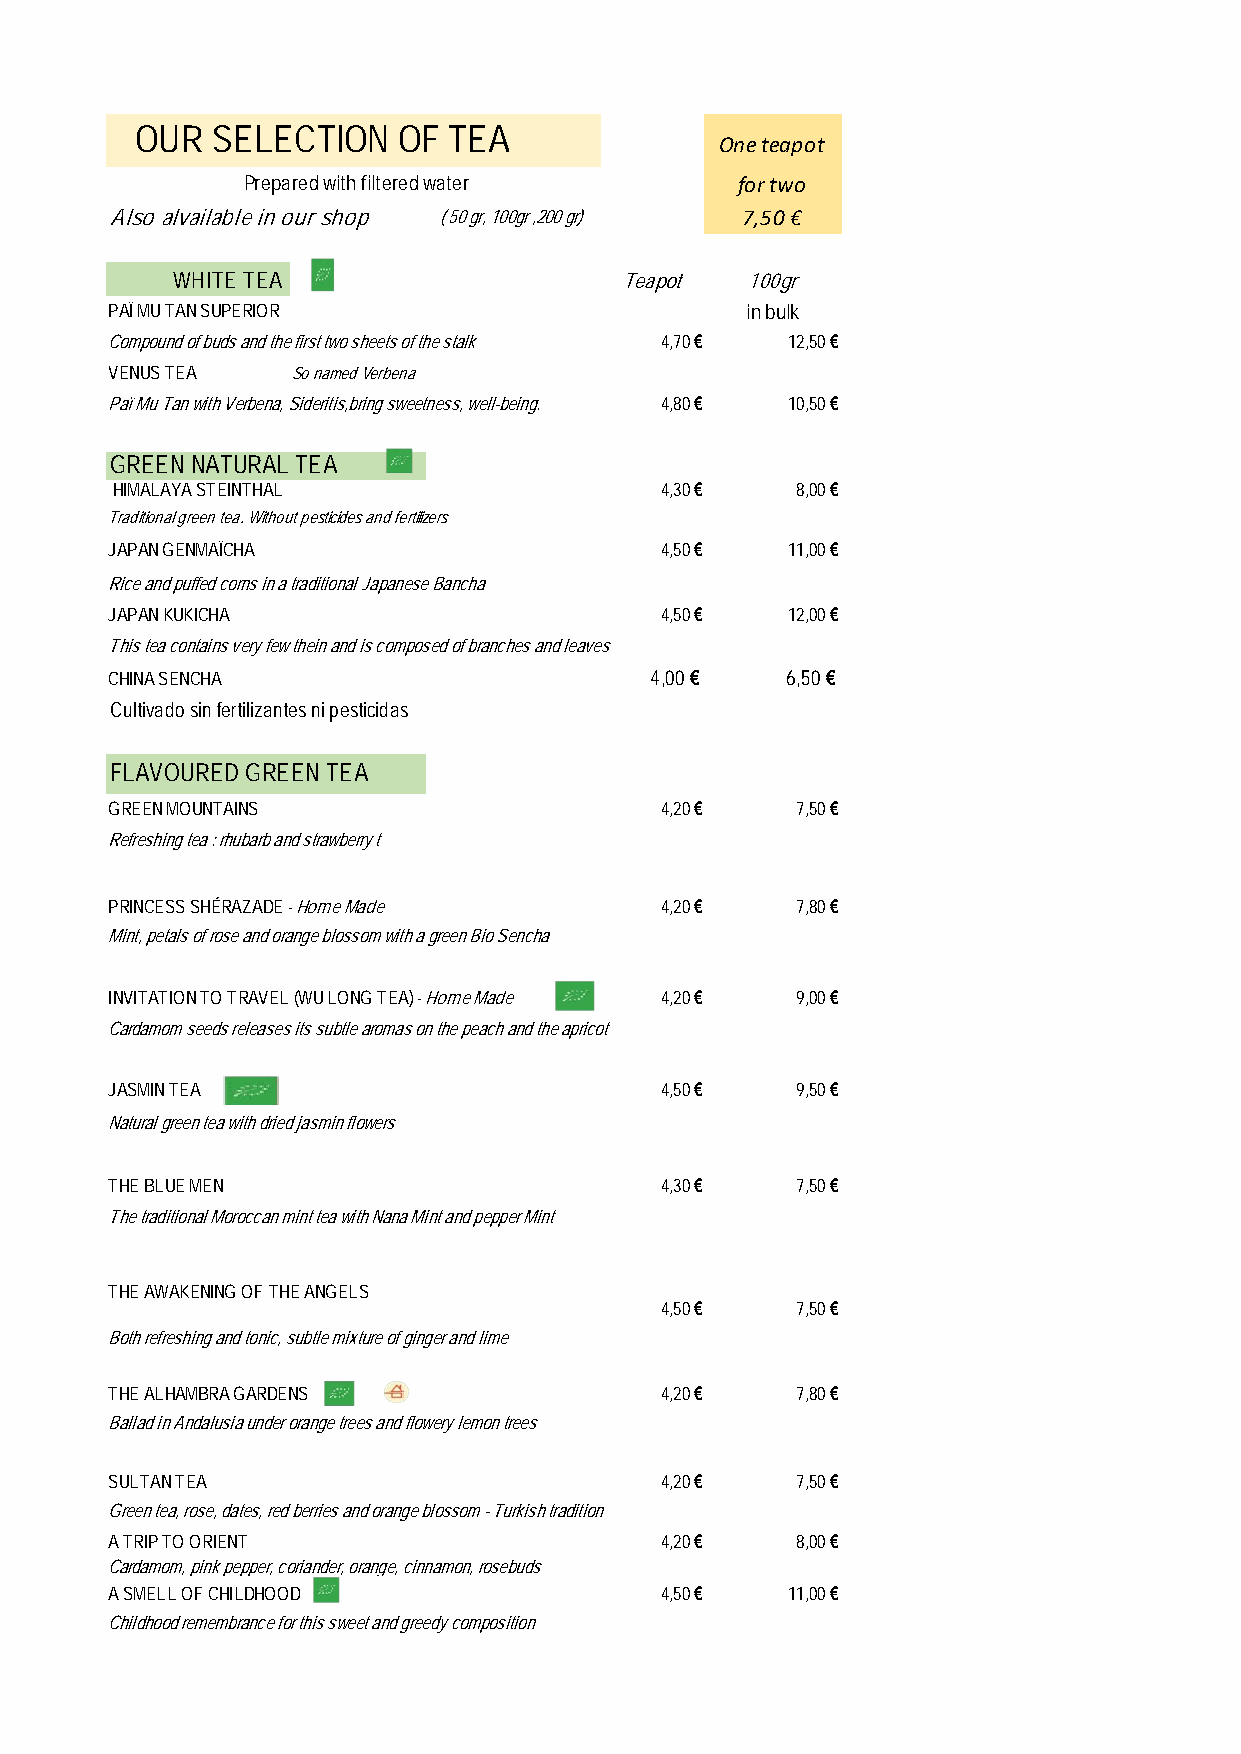
OUR  SELECTION   OF  TEA
 One teapot
 Prepared with filtered water     for two
 Also alvailable in our shop ( 50 gr, 100gr ,200 gr) 7,50 €
 WHITE TEA                     Teapot  100gr
 PAÏ MU TAN SUPERIOR                       in bulk
 Compound of buds and the first two sheets of the stalk 4,70 € 12,50 €
 VENUS TEA   So named Verbena
 Paï Mu Tan with Verbena, Sideritis,bring sweetness, well-being. 4,80 € 10,50 €
 GREEN NATURAL TEA
 HIMALAYA STEINTHAL                   4,30 €   8,00 €
 Traditional green tea. Without pesticides and fertilizers
 JAPAN GENMAÏCHA                      4,50 €  11,00 €
 Rice and puffed corns in a traditional Japanese Bancha
 JAPAN KUKICHA                        4,50 €  12,00 €
 This tea contains very few thein and is composed of branches and leaves
 CHINA SENCHA                        4,00 €   6,50 €
 Cultivado sin fertilizantes ni pesticidas
 FLAVOURED GREEN TEA
 GREEN MOUNTAINS                      4,20 €   7,50 €
 Refreshing tea : rhubarb and strawberry t
 PRINCESS SHÉRAZADE - Home Made       4,20 €   7,80 €
 Mint, petals of rose and orange blossom with a green Bio Sencha
 INVITATION TO TRAVEL (WU LONG TEA) - Home Made 4,20 € 9,00 €
 Cardamom seeds releases its subtle aromas on the peach and the apricot
 JASMIN TEA                           4,50 €   9,50 €
 Natural green tea with dried jasmin flowers
 THE BLUE MEN                         4,30 €   7,50 €
 The traditional Moroccan mint tea with Nana Mint and pepper Mint
 THE AWAKENING OF THE ANGELS
 4,50 €   7,50 €
 Both refreshing and tonic, subtle mixture of ginger and lime
 THE ALHAMBRA GARDENS                 4,20 €   7,80 €
 Ballad in Andalusia under orange trees and flowery lemon trees
 SULTAN TEA                           4,20 €   7,50 €
 Green tea, rose, dates, red berries and orange blossom - Turkish tradition
 A TRIP TO ORIENT                     4,20 €   8,00 €
 Cardamom, pink pepper, coriander, orange, cinnamon, rosebuds
 A SMELL OF CHILDHOOD                 4,50 €  11,00 €
 Childhood remembrance for this sweet and greedy composition